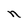
Character: n